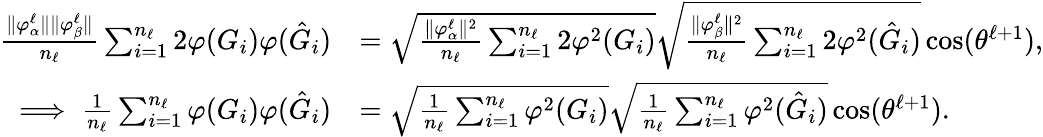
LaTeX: \begin{array}{rl}{\frac{\| {{\varphi}_{\alpha}^{\ell}}\| \| {{\varphi}_{\beta}^{\ell}}\| }{n_{\ell}}\sum_{i=1}^{n_{\ell}}2{\varphi}(G_{i}){\varphi}(\hat{G}_{i})}&{=\sqrt{\frac{\| {{\varphi}_{\alpha}^{\ell}}\| ^{2}}{n_{\ell}}\sum_{i=1}^{n_{\ell}}2{\varphi}^{2}(G_{i})}\sqrt{\frac{\| {{\varphi}_{\beta}^{\ell}}\| ^{2}}{n_{\ell}}\sum_{i=1}^{n_{\ell}}2{\varphi}^{2}(\hat{G}_{i})}\cos(\theta^{\ell+1}),}\\ {\implies\frac{1}{n_{\ell}}\sum_{i=1}^{n_{\ell}}{\varphi}(G_{i}){\varphi}(\hat{G}_{i})}&{=\sqrt{\frac{1}{n_{\ell}}\sum_{i=1}^{n_{\ell}}{\varphi}^{2}(G_{i})}\sqrt{\frac{1}{n_{\ell}}\sum_{i=1}^{n_{\ell}}{\varphi}^{2}(\hat{G}_{i})}\cos(\theta^{\ell+1}).}\end{array}